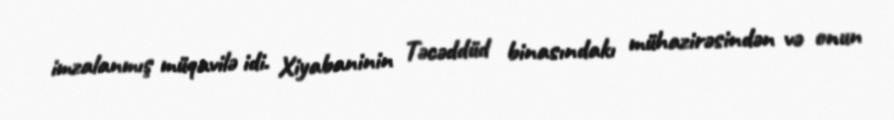
imzalanmış müqavilə idi. Xiyabaninin Təcəddüd binasındakı mühazirəsindən və onun